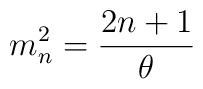
m_n^2={2n+1\over\theta}